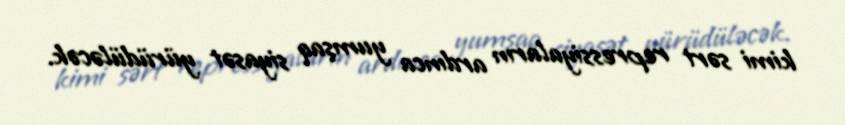
kimi sərt repressiyaların ardınca yumşaq siyasət yürüdüləcək.